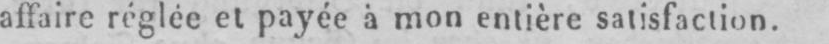
affaire réglée et payée à mon entière satisfaction.